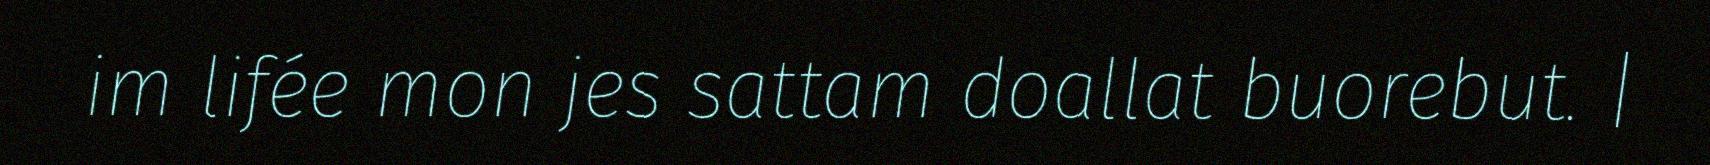
im lifée mon jes sattam doallat buorebut. |